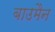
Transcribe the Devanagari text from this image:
बाउमैन